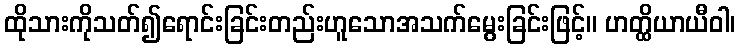
ထိုသားကိုသတ်၍ရောင်းခြင်းတည်းဟူသောအသက်မွေးခြင်းဖြင့်။ ဟတ္ထိယာယီဝါ၊